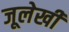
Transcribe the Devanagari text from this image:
जूलेखी